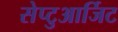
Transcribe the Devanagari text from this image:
सेप्टुआर्जिट